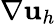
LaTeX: \nabla{\mathbf u}_{h}